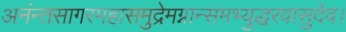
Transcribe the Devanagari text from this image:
अनंन्तसागरमहासमुद्रेमग्नान्समभ्युद्धरवासुदेव।